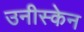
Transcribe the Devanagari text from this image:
उनीस्केन